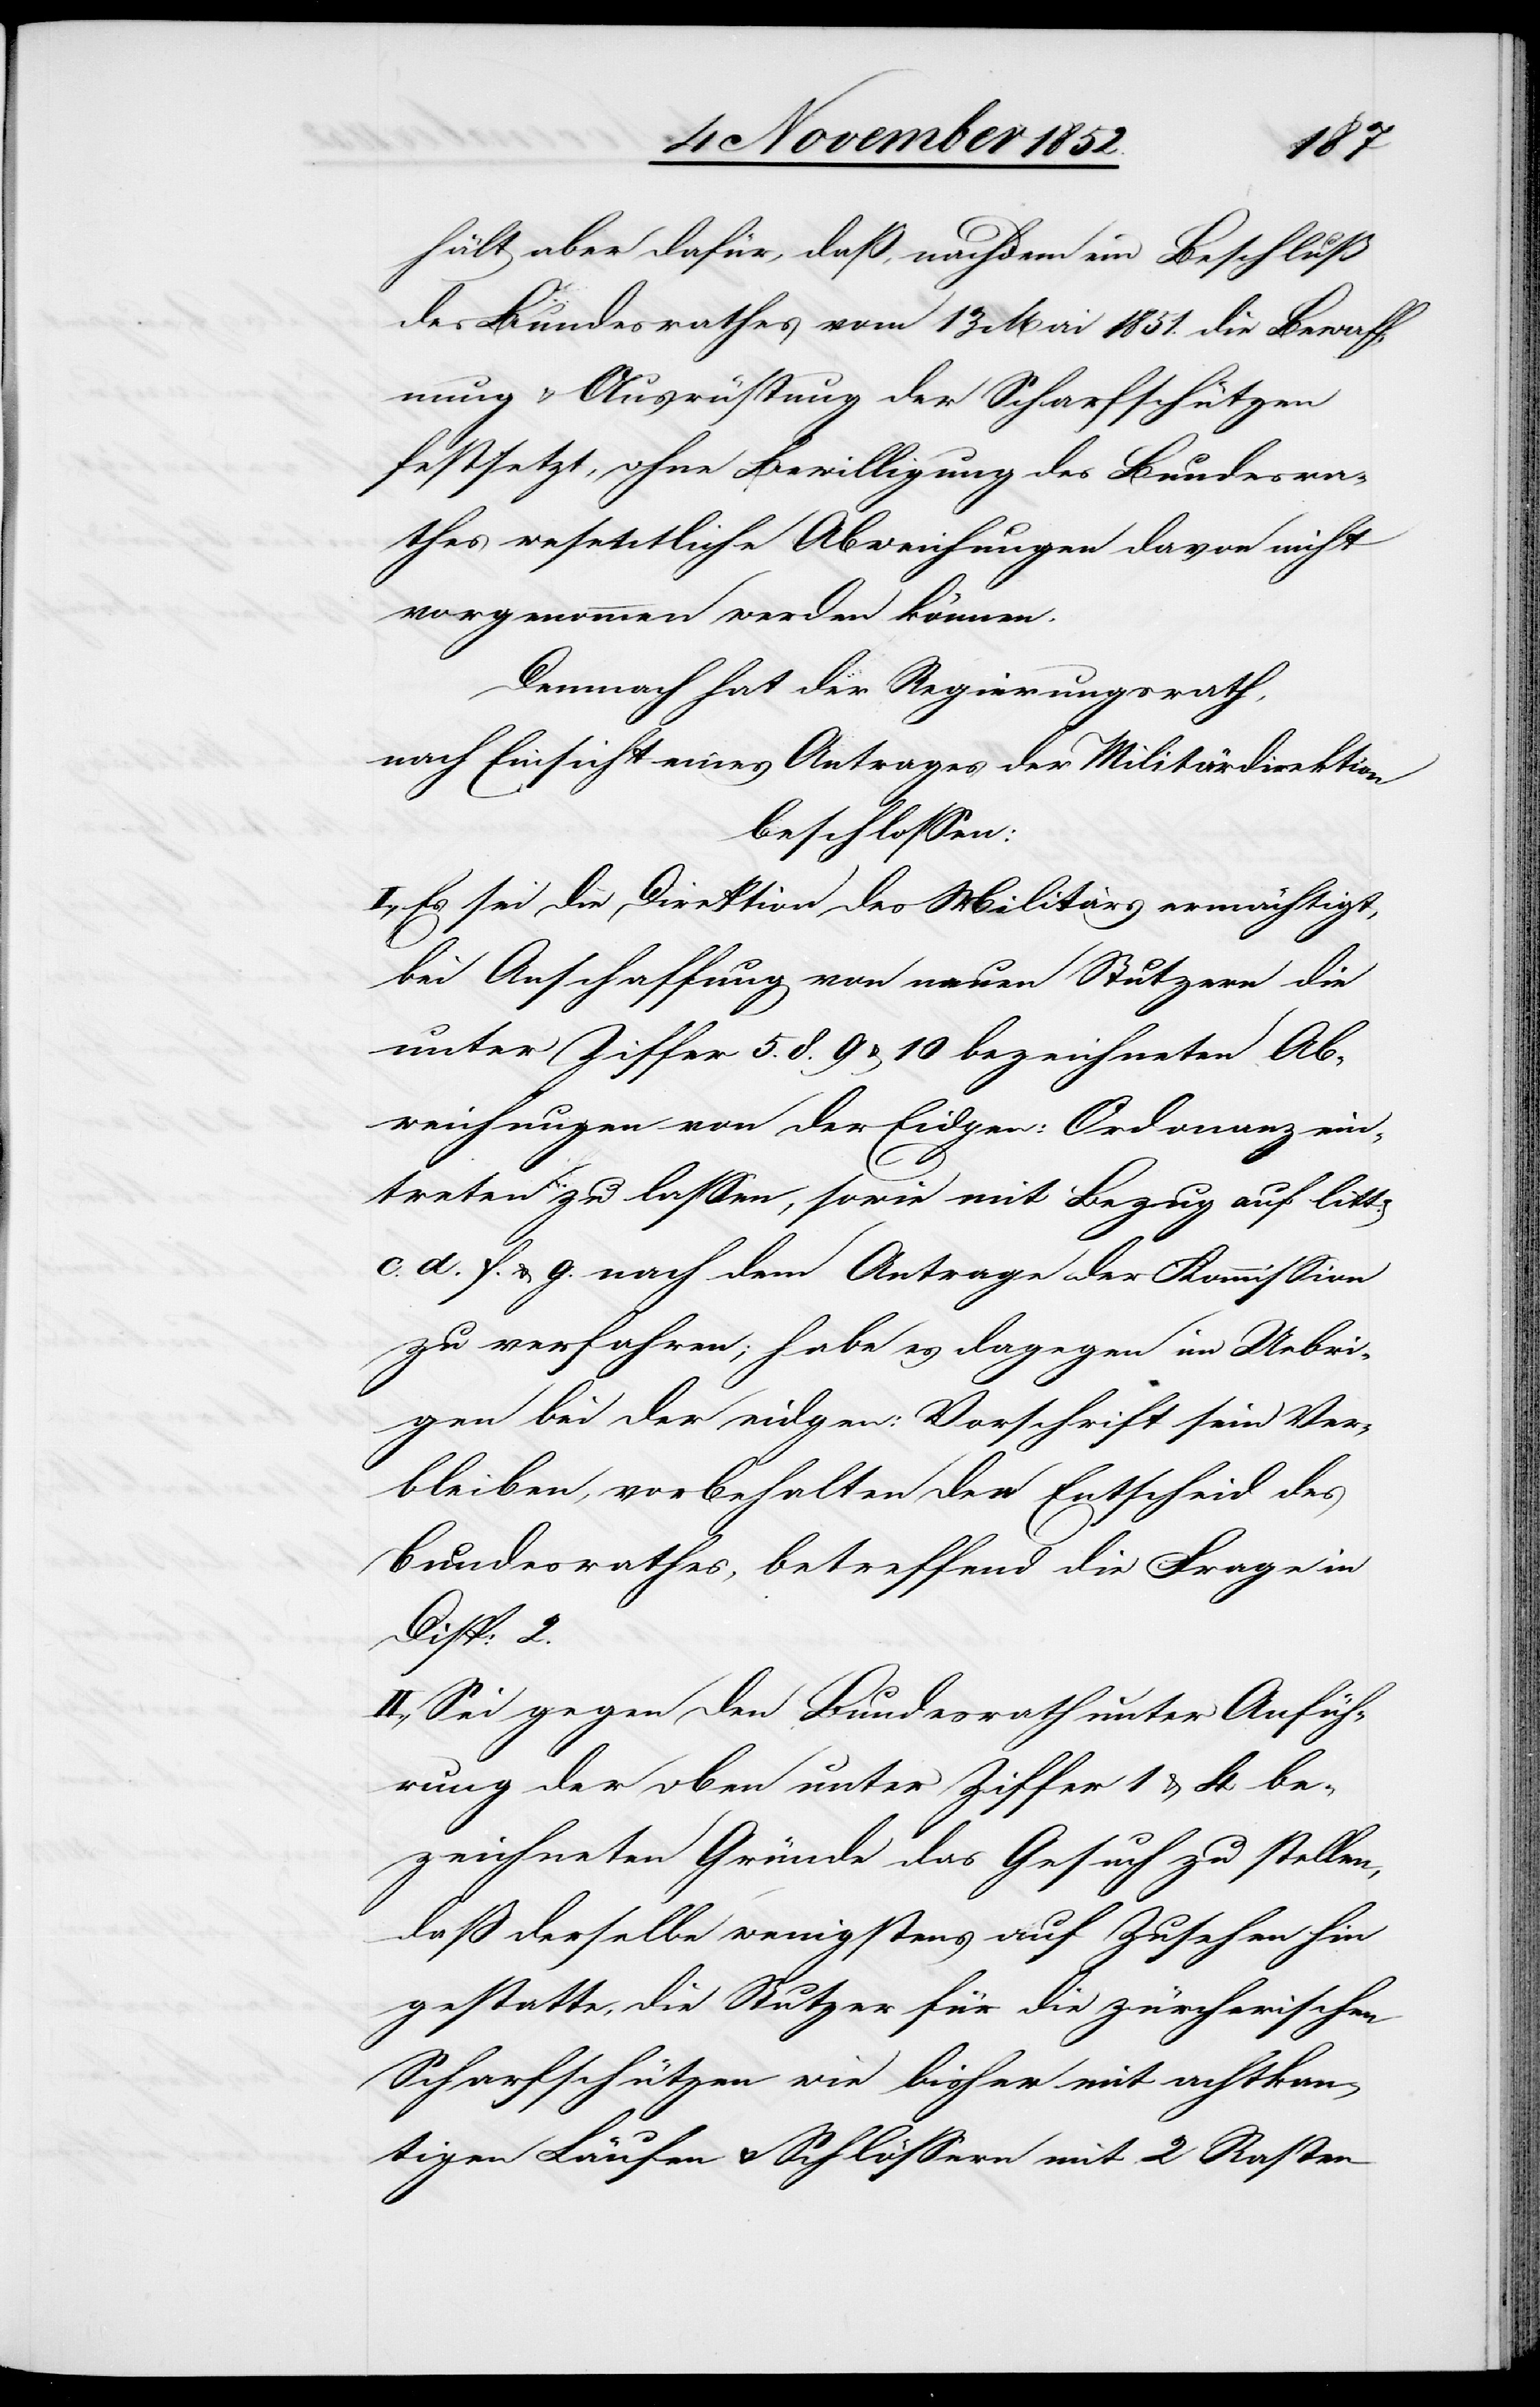
2.
hält aber dafür, daß, nachdem ein Beschluß
des Bundesrathes vom 13 Mai 1851. die Bewaff¬
nung & Ausrüstung der Scharfschützen
festsetzt, ohne Bewilligung des Bundesra¬
thes wesentliche Abweichungen davon nicht
vorgenommen werden können.
Demnach hat der Regierungsrath,
nach Einsicht eines Antrages der Militärdirektion
beschlossen:
I., Es sei die Direktion des Militärs ermächtigt,
bei Anschaffung von neuen Stutzern die
unter Ziffer 5.[,] 8.[,] 9 & 10 bezeichneten Ab¬
weichungen von der Eidgen: Ordonanz ein¬
treten zu lassen, sowie mit Bezug auf litta.
d.[,] f. & g. nach dem Antrage der Kommission
zu verfahren; habe es dagegen im Uebri¬
gen bei der eidgen: Vorschrift sein Ver¬
bleiben, vorbehalten den Entscheid des
Bundesrathes, betreffend die Frage in
Disp:
II., Sei gegen den Bundesrath unter Anfüh¬
rung der oben unter Ziffer 1 & 4 be¬
zeichneten Gründe das Gesuch zu stellen,
daß derselbe wenigstens auf Zusehen hin
gestatte, die Stutzer für die zürcherischen
Scharfschützen wie bisher mit achtkan¬
tigen Läufen & Schlössern mit 2 Raster